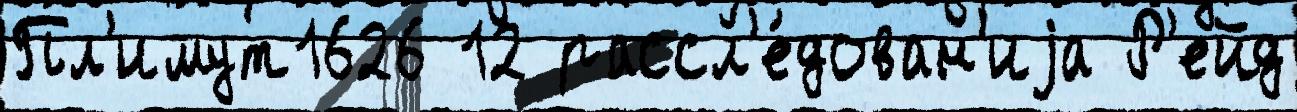
Пл'имут1626 12 рассл'е́дован'иjа Р'ейд